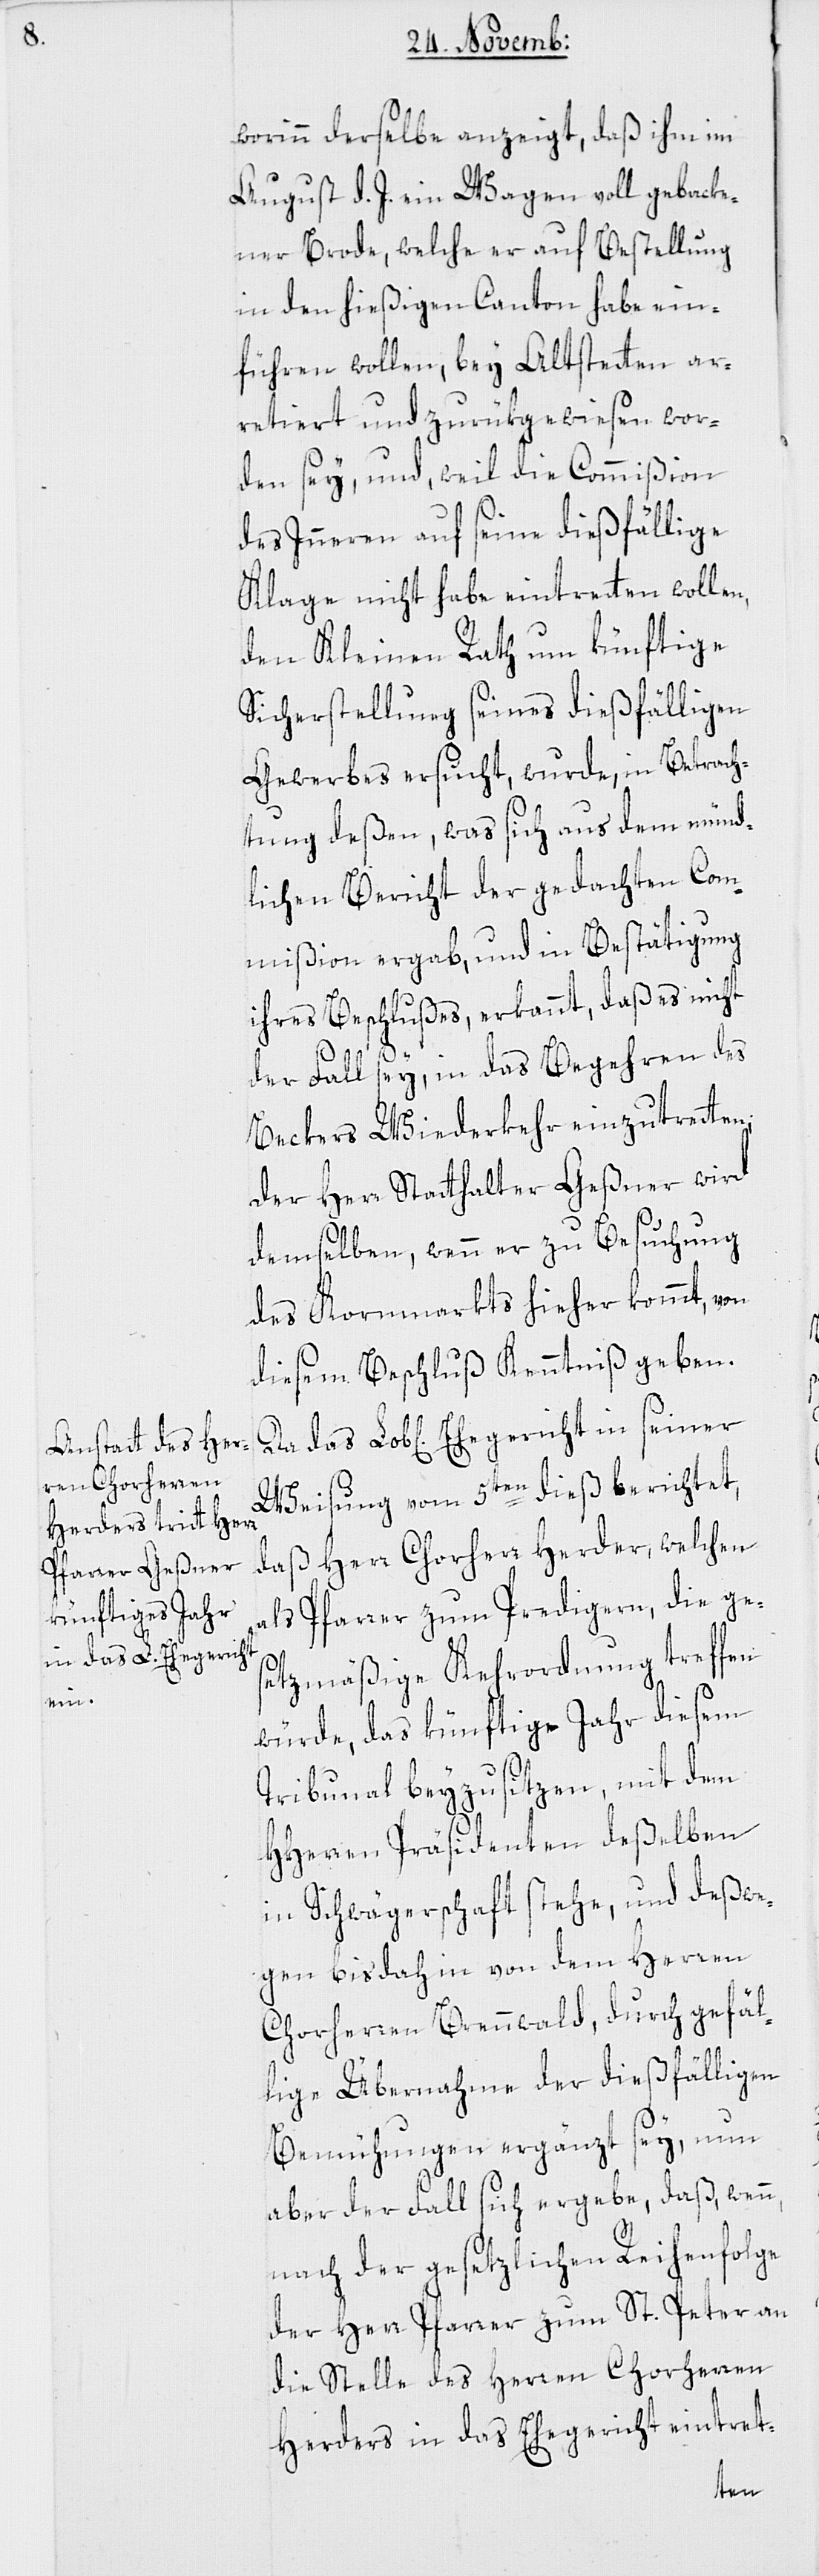
worinn derselbe anzeigt, daß ihm im
August d. J. ein Wagen voll gebacke¬
ner Brode, welche er auf Bestellung
in den hießigen Canton habe ein¬
führen wollen, bey Altstetten ar¬
retiert und zurükgewiesen wor¬
den sey, und weil die Commißion
des Inneren auf seine dießfällige
Klage nicht habe eintreten wollen,
den Kleinen Rath um künftige
Sicherstellung seines dießfälligen
Gewerbes ersucht, wurde, in Betrach¬
tung deßen, was sich aus dem münd¬
lichen Bericht der gedachten Com¬
mißion ergab, und in Bestätigung
ihres Beschlußes, erkannt, daß es nicht
der Fall sey, in das Begehren des
Beckers Wiederkehr einzutretten.
Der Herr Statthalter Geßner wird
demselben, wenn er zu Besuchung
des Kornmarkts hieher kommt, von
diesem Beschluß Kenntniß geben.
das Lob[liche] Ehegericht in seiner
Weisung vom 5ten dieß berichtet,
daß Herr Chorherr Herder, welchen
als Pfarrer zum Predigern die ges¬
etzmäßige Kehrordnung treffen
würde, das künftige Jahr diesem
Tribunal beyzusitzen, mit dem
HHerren Präsidenten deßelben
in Schwägerschaft stehe, und deßwe¬
gen bisdahin von dem Herren
Chorherren Brennwald, durch gefäl¬
lige Übernahme der dießfälligen
Bemühungen ergänzt sey, nun
aber der Fall sich ergebe, daß, wenn
nach der gesetzlichen Reihenfolge
der Herr Pfarrer zum St. Peter an
die Stelle des Herren Chorherren
Herders in das Ehegericht eintret-